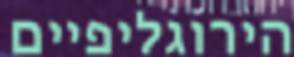
הירוגליפיים